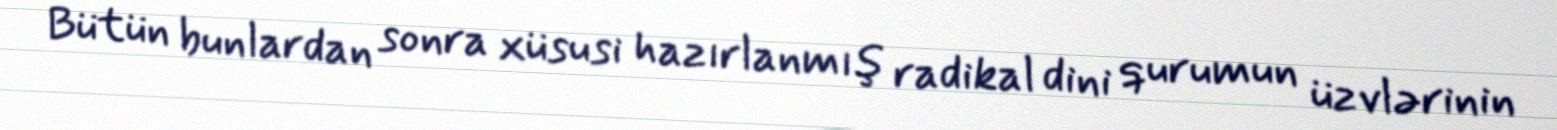
Bütün bunlardan sonra xüsusi hazırlanmış radikal dini qurumun üzvlərinin